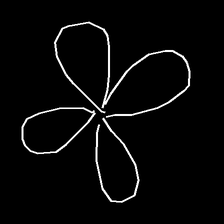
Glyph: billowing